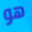
هو